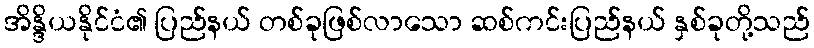
အိန္ဒိယနိုင်ငံ၏ ပြည်နယ် တစ်ခုဖြစ်လာသော ဆစ်ကင်းပြည်နယ် နှစ်ခုတို့သည်